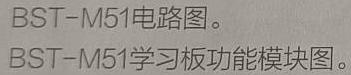
BST-M51电路图。
BST-M51学习板功能模块图。